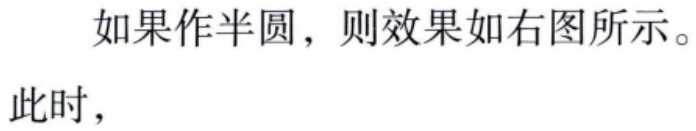
如果作半圆，则效果如右图所示。
此时，